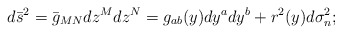
\begin{align*}d{\bar s}^2=\bar g_{MN}dz^Mdz^N=g_{ab}(y)dy^a dy^b + r^2(y)d\sigma_n^2;\end{align*}